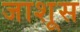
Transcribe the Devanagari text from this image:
जाशूस